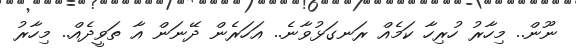
ނޫން.. މިހާރު ހުރިހާ ކަމެއް ރަނގަޅުވާނެ.. އަހަރެން ދޭނަން އާ ތަވީދެއް.. މިހާރު